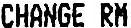
CHANGE RM